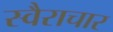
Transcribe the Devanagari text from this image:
स्वैराचार